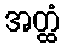
အတ္ထံ